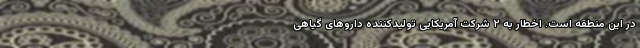
در این منطقه است. اخطار به ۲ شرکت آمریکاییِ تولیدکننده داروهای گیاهیِ